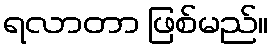
ရလာတာ ဖြစ်မည်။